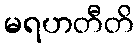
မရဟတီတိ